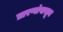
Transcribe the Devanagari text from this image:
प्रारणांपासून